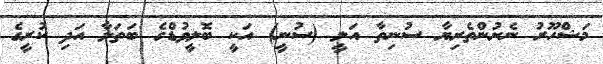
މަޝްހޫރު ނެށުންތެރިޔާ ސުނިތާ އަލީ (ސުނީ) އަކީ ބޮލީވުޑްގެ ބަތަލާ އަދި ކުރީގެ